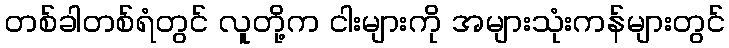
တစ်ခါတစ်ရံတွင် လူတို့က ငါးများကို အများသုံးကန်များတွင်